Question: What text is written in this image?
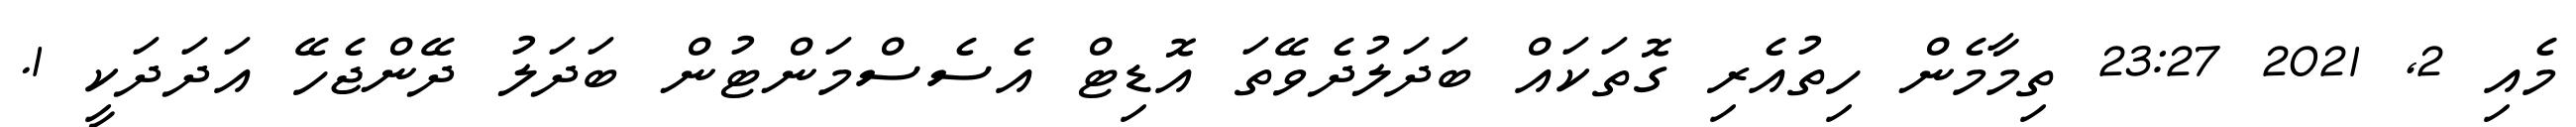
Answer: މެއި 2, 2021 23:27 ތިމާމެން ހިތުއެރި ގޮތަކައް ބަދަލުދެވޭތަ އޮޑިޓް އެސެސްމަންޓުން ބަދަލު ދޭންޖެހޭ އަދަދަކީ 1.